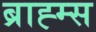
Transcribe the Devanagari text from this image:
ब्राह्म्स